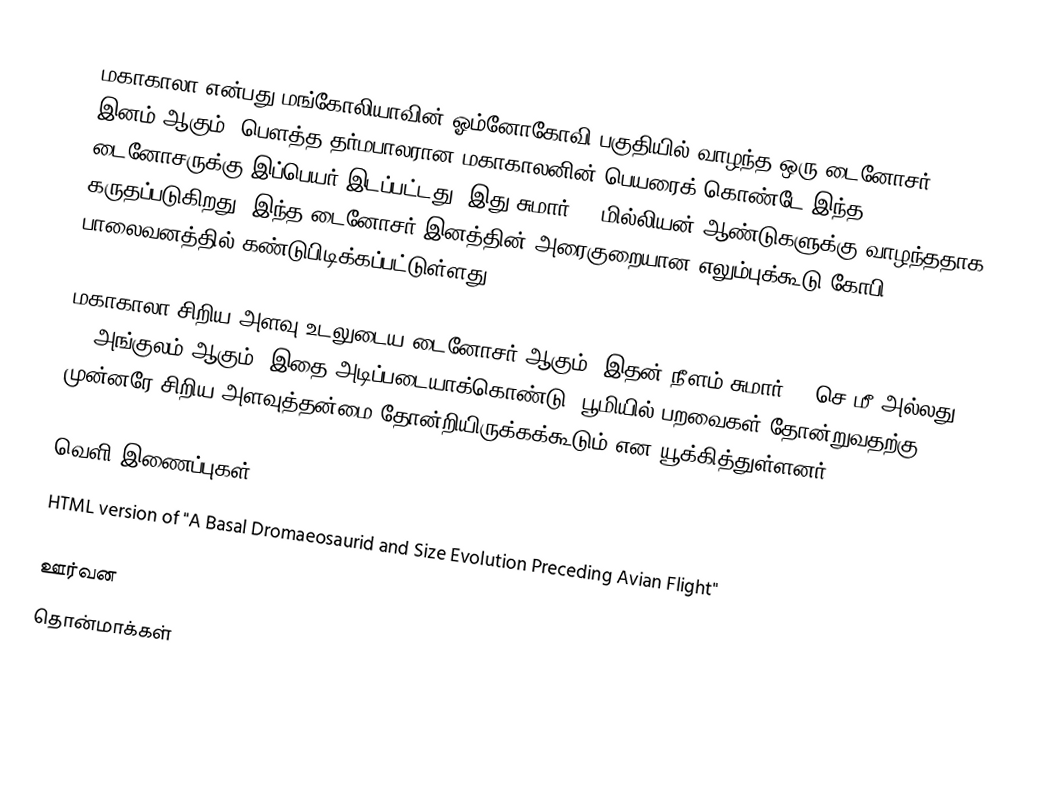
மகாகாலா என்பது மங்கோலியாவின் ஓம்னோகோவி பகுதியில் வாழந்த ஒரு டைனோசர் இனம் ஆகும். பௌத்த தர்மபாலரான மகாகாலனின் பெயரைக் கொண்டே இந்த டைனோசருக்கு இப்பெயர் இடப்பட்டது. இது சுமார் 80 மில்லியன் ஆண்டுகளுக்கு வாழந்ததாக கருதப்படுகிறது. இந்த டைனோசர் இனத்தின் அரைகுறையான எலும்புக்கூடு கோபி பாலைவனத்தில் கண்டுபிடிக்கப்பட்டுள்ளது.

மகாகாலா சிறிய அளவு உடலுடைய டைனோசர் ஆகும். இதன் நீளம் சுமார் 70 செ.மீ அல்லது 29 அங்குலம் ஆகும். இதை அடிப்படையாக்கொண்டு, பூமியில் பறவைகள் தோன்றுவதற்கு முன்னரே சிறிய அளவுத்தன்மை தோன்றியிருக்கக்கூடும் என யூக்கித்துள்ளனர்.

வெளி இணைப்புகள்
HTML version of "A Basal Dromaeosaurid and Size Evolution Preceding Avian Flight"

ஊர்வன
தொன்மாக்கள்